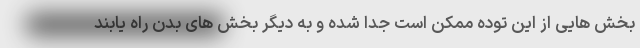
بخش هایی از این توده ممکن است جدا شده و به دیگر بخش های بدن راه یابند